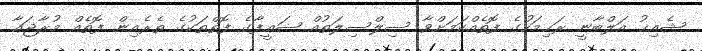
ޝެއިޚު އަލްބާނީ ރަޙިމަހުގެ ފޮތެއްކަމަށްވާ ސިލްސިލަތުއް ޟަޢީފާގެ ފޮތްތަކުގެ ތެރެއިން ފޮތެއް މުރާޖަޢާ